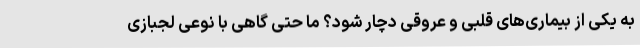
به یکی از بیماری‌های قلبی و عروقی دچار شود؟ ما حتی گاهی با نوعی لجبازی